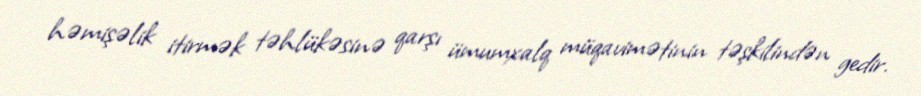
həmişəlik itirmək təhlükəsinə qarşı ümumxalq müqavimətinin təşkilindən gedir.